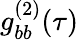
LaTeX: g_{bb}^{(2)}(\tau)